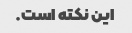
این نکته است.